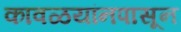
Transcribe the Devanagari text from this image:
कावळयांनपासून